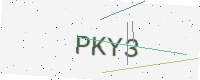
Text: PKY3